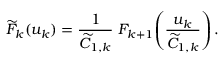
\widetilde { \cal F } _ { k } ( u _ { k } ) = \frac { 1 } { \widetilde C _ { 1 , k } } \; { \cal F } _ { k + 1 } \! \left( \frac { u _ { k } } { \widetilde C _ { 1 , k } } \right) .